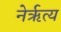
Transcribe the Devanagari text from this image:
नेर्ऋत्य